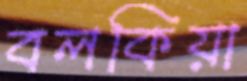
বলকিয়া